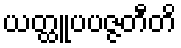
ယတ္ထူပပဇ္ဇတီတိ